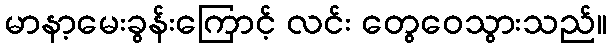
မာနာ့မေးခွန်းကြောင့် လင်း တွေဝေသွားသည်။